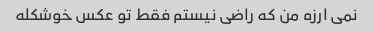
نمی ارزه من که راضی نیستم فقط تو عکس خوشکله